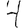
Digit: 4